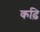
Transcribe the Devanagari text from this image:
कढ़ि